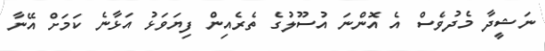
ނަޝީދާ މެދުވެސް އެ އޮންނަ އުސޫލުގެ ތެރެއިން ފިޔަވަޅު އަޅާނެ ކަމަށް އޭނާ